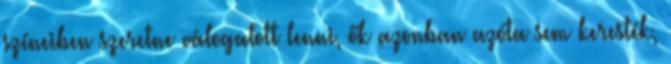
színeiben szeretne válogatott lenni, ők azonban azóta sem keresték,